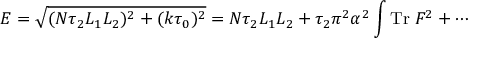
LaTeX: E = \sqrt { ( N \tau _ { 2 } L _ { 1 } L _ { 2 } ) ^ { 2 } + ( k \tau _ { 0 } ) ^ { 2 } } = N \tau _ { 2 } L _ { 1 } L _ { 2 } + \tau _ { 2 } \pi ^ { 2 } \alpha ^ { 2 } \int \mathrm { T r } \; F ^ { 2 } + \cdots